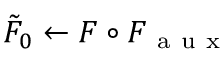
\tilde { F } _ { 0 } \gets F \circ F _ { \mathrm { ~ a ~ u ~ x ~ } }